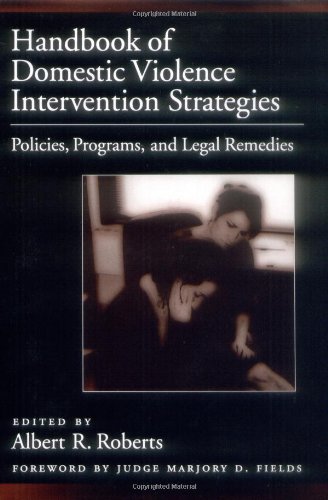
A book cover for Handbook of Domestic Violence Intervention Strategies: Policies, Programs, and Legal Remedies; Albert R. Roberts; Law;